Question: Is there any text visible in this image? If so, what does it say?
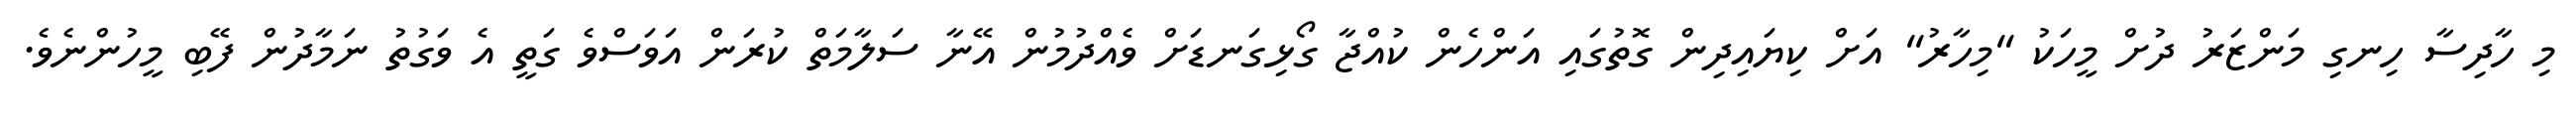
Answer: މި ހާދިސާ ހިނގި މަންޒަރު ދުށް މީހަކު "މިހާރު" އަށް ކިޔައިދިން ގޮތުގައި އަންހެން ކުއްޖާ ގޯޅިގަނޑަށް ވެއްދުމުން އޭނާ ސަލާމަތް ކުރަން އަވަސްވެ ގަތީ އެ ވަގުތު ނަމާދުން ފޭބި މީހުންނެވެ.